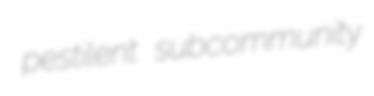
pestilent subcommunity